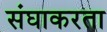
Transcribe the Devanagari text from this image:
संघाकरता